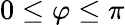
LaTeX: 0\leq\varphi\leq\pi